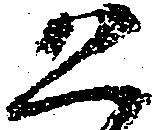
恐